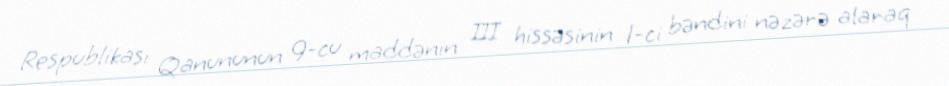
Respublikası Qanununun 9-cu maddənin III hissəsinin 1-ci bəndini nəzərə alaraq